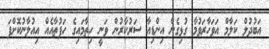
އަބުދުލް ކަލާމް އަވަހާރަވުމާ ގުޅިގެން އިންޑިއާ ސަރުކާރުން ވަނީ ހިތާމައިގެ ހަފުތާއެއް އިއުލާނުކޮށްފަ